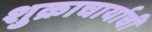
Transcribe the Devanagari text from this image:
शुक्राचार्याची